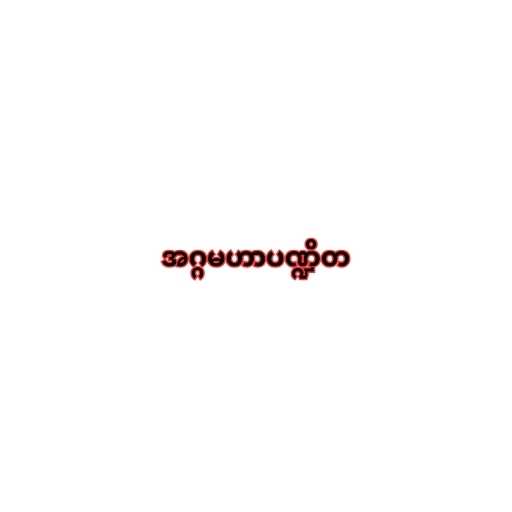
အဂ္ဂမဟာပဏ္ဍိတ